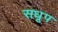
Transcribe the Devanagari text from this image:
सधूप